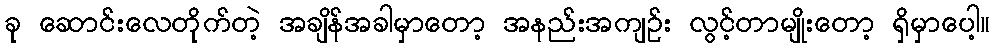
ခု ဆောင်းလေတိုက်တဲ့ အချိန်အခါမှာတော့ အနည်းအကျဉ်း လွင့်တာမျိုးတော့ ရှိမှာပေါ့။